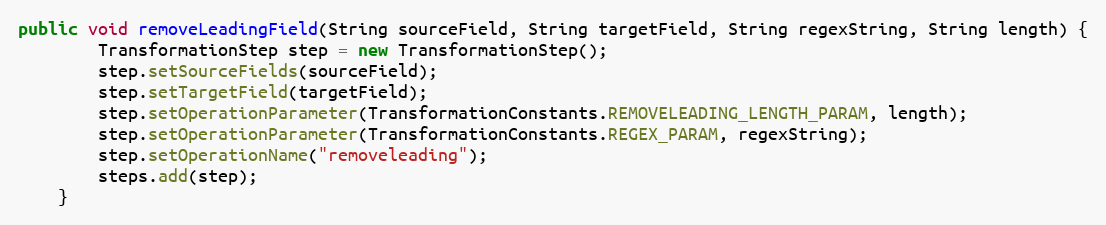
Language: Java
public void removeLeadingField(String sourceField, String targetField, String regexString, String length) {
        TransformationStep step = new TransformationStep();
        step.setSourceFields(sourceField);
        step.setTargetField(targetField);
        step.setOperationParameter(TransformationConstants.REMOVELEADING_LENGTH_PARAM, length);
        step.setOperationParameter(TransformationConstants.REGEX_PARAM, regexString);
        step.setOperationName("removeleading");
        steps.add(step);
    }